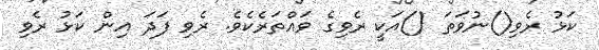
ކަޅު ރެވި()ނުވަތަ ()އަކީ ރެވިގެ ވައްތަރެކެވެ. ރެވި ފަދަ އިން ކަޅު ރެވި